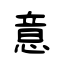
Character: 意